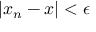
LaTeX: | x _ { n } - x | < \epsilon